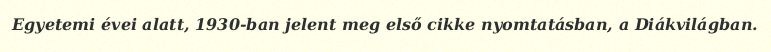
Egyetemi évei alatt, 1930-ban jelent meg első cikke nyomtatásban, a Diákvilágban.